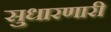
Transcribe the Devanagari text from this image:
सुधारणारी